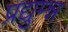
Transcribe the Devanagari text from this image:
प्रद्युम्न्न